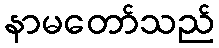
နာမတော်သည်